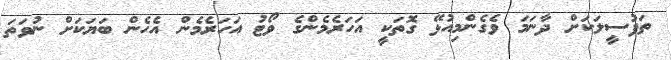
ތަފުސީލަކަށް ދާނަމަ ވެގެންމިއުޅޭ ގޮތަކީ އަހަރެމެންގެ ވޯޓު އަހަރެމެން އެހެން ބަޔަކަށް ނުވަތަ